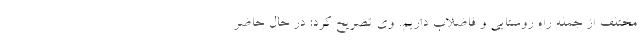
مختلف از جمله راه روستایی و فاضلاب داریم. وی تصریح کرد: در حال حاضر